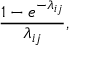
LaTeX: { \frac { 1 - e ^ { - \lambda _ { i j } } } { \lambda _ { i j } } } ,